Annual report on the Civil Veterinary Department, Burma (including the Insein Veterinary School) - 1932-1941
Year: 1932
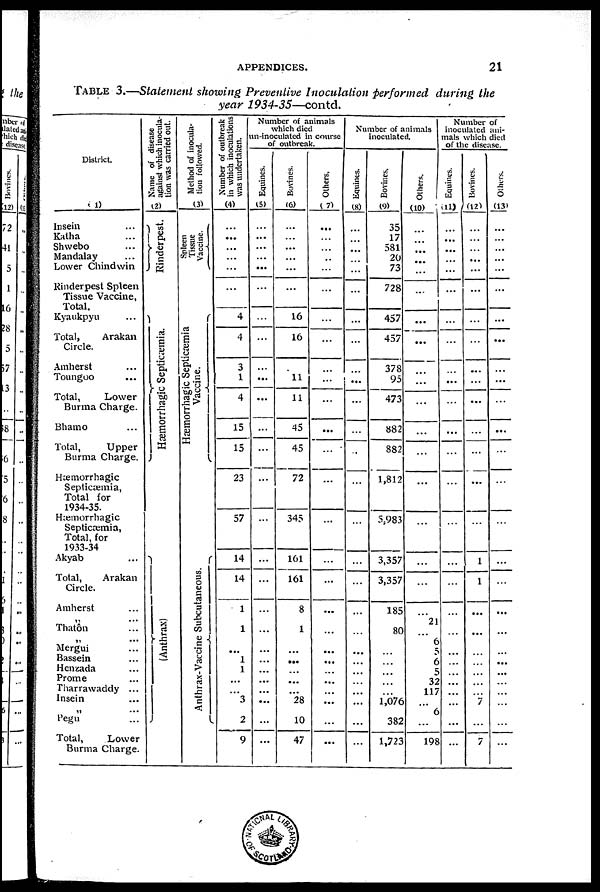
APPENDICES.
21
TABLE 3.—Statement showing
Preventive
Inoculation
performed
during
the
year
1934-35—contd.
District.
(1)
Insein ...
Katha ...
Shwebo ...
Mandalay ...
Lower Chindwin
Rinderpest Spleen
Tissue Vaccine,
Total.
Kyaukpyu ...
Total,
Arakan
Circle.
Amherst ...
Toungoo ...
Total,
Lower
Burma Charge.
Bhamo ...
Total,
Upper
Burma Charge.
Hæmorrhagic
Septicæmia,
Total for
1934-35.
Hæmorrhagic
Septicæmia,
Total, for
1933-34
Akyab ...
Total,
Arakan
Circle.
Amherst ...
Thatôn ...
„
...
Mergui ...
Bassein ...
Henzada ...
Prome ...
Tharrawaddy ...
Insein ...
„ ...
Pegu ...
Total,
Lower
Burma Charge.
Name of disease
against which inocula-
tion was carried out.
(2)
Rinderpest.
Hæmorrhagic Septicæmia.
(Anthrax)
Method of inocula-
tion followed.
(3)
Spleen
Tissue
Vaccine.
Hæmorrhagic Septicæmia
Vaccine.
Anthrax-Vaccine Subcutaneous.
Number of outbreak
in which inoculations
was undertaken.
(4)
...
...
...
...
...
...
4
4
3
1
4
15
15
23
57
14
14
1
1
...
1
1
...
3
2
9
Number of animals
which died
un-inoculatcd in course
of outbreak.
Equines.
(5)
...
...
...
...
...
...
...
...
...
...
...
...
...
...
...
...
...
...
...
...
...
...
...
...
...
...
...
Bovines.
(6)
...
...
...
...
...
...
16
16
.
11
11
45
45
72
345
161
161
8
1
...
...
...
...
...
28
10
47
Others.
( 7)
...
...
...
...
...
...
...
...
...
...
...
...
...
...
...
...
...
...
...
...
...
...
...
...
...
...
...
Number of animals
inoculated.
Equines.
(8)
...
...
...
...
...
...
...
...
...
...
...
...
...
...
...
...
...
...
...
...
...
...
...
...
...
...
...
Bovines.
(9)
35
17
581
20
73
728
457
457
378
95
473
882
882
1,812
5,983
3,357
3,357
185
80
...
...
...
...
...
1,076
382
1,723
Others.
(10)
...
...
...
...
...
...
...
...
...
...
...
...
...
...
...
...
...
...
21
6
5
6
5
32
117
...
6
...
198
Number of
inoculated ani-
mals which died
of the disease.
Equines.
(11)
...
...
...
...
...
...
...
...
...
...
...
...
...
...
...
...
...
...
...
...
...
...
...
...
...
...
...
Bovines.
(12)
...
...
...
...
...
...
...
...
...
...
...
...
...
...
...
1
1
...
...
...
...
...
...
...
7
...
7
Others.
(13)
...
...
...
...
...
...
...
...
...
...
...
...
...
...
...
...
...
...
...
...
...
...
...
...
...
...